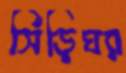
সিঁড়িঘর